Lunatic asylums Madras 1877-1891 - 1877-1891
Year: 1877
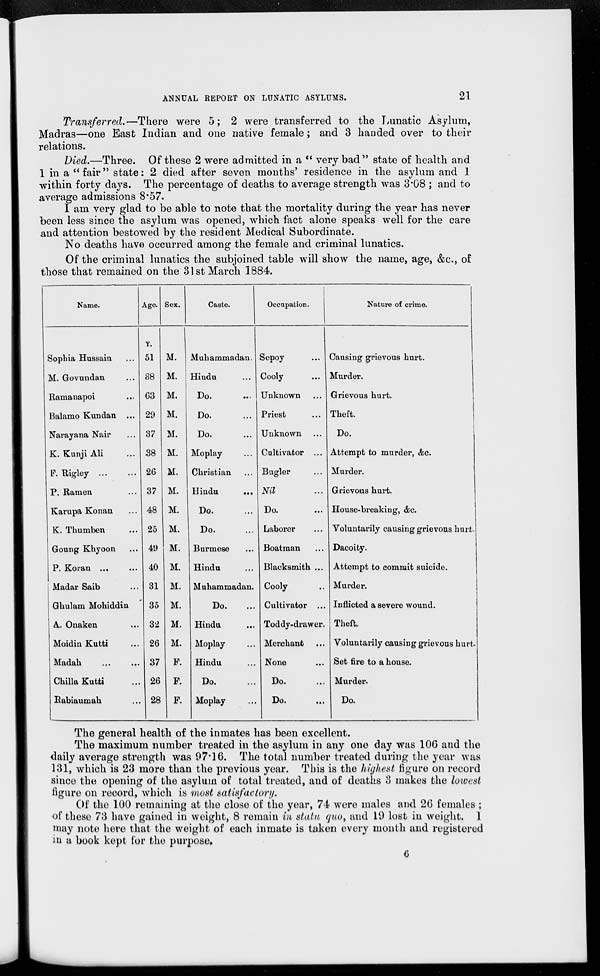
ANNUAL REPORT ON LUNATIC ASYLUMS.
21
Transferred.—There were 5; 2 were transferred to the Lunatic Asylum,
Madras—one East Indian and one native female; and 3 handed over to their
relations.
Died.—Three. Of these 2 were admitted in a " very bad" state of health and
1 in a " fair" state: 2 died after seven months' residence in the asylum and 1
within forty days. The percentage of deaths to average strength was 3.08 ; and to
average admissions 8.57.
I am very glad to be able to note that the mortality during the year has never
been less since the asylum was opened, which fact alone speaks well for the care
and attention bestowed by the resident Medical Subordinate.
No deaths have occurred among the female and criminal lunatics.
Of the criminal lunatics the subjoined table will show the name, age, &c., of
those that remained on the 31st March 1884.
Name.
Sophia Hussain...
M. Govundan...
Ramanapoi...
Balamo Kundan...
Narayana Nair...
K. Kunji Ali...
P. Rigley
...
...
P. Ramen ...
Karupa Konan...
K. Thumben...
Goung Khyoon...
P. Koran ...
Madar Saib...
Ghulam Mohiddin
A. Onaken...
Moidin Kutti...
Madah... ...
Chilla Kutti...
Rabiaumah...
Age.
Y.
51
38
63
29
37
38
26
37
48
25
49
40
31
35
32
26
37
26
28
Sex.
M.
M.
M.
M.
M.
M.
M.
M.
M.
M.
M.
M.
M.
M.
M.
M.
F.
F.
F.
Caste.
Muhammadan.
Hindu ...
Do. ...
Do. ...
Do. ...
Moplay...
Christian...
Hindu
...
Do. ...
Do. ...
Burmese ...
Hindu ...
Muhammadan.
Do. ...
Hindu...
Moplay...
Hindu ...
Do. ...
Moplay ...
Occupation.
Sepoy ...
Cooly ...
Unknown ...
Priest ...
Unknown ...
Cultivator ...
Bugler ...
Nil ...
Do. ...
Laborer ...
Boatman ...
Blacksmith ...
Cooly ...
Cultivator ...
Toddy-drawer.
Merchant ...
None ...
Do. ...
Do. ...
Nature of crime.
Causing grievous hurt.
Murder.
Grievous hurt.
Theft.
Do.
Attempt to murder, &c.
Murder.
Grievous hurt.
House-breaking, &c.
Voluntarily causing grievons hurt
Dacoity.
Attempt to commit suicide.
Murder.
Inflicted a severe wound.
Theft
Voluntarily causing grievous hurt
Set fire to a house.
Murder.
Do.
The general health of the inmates has been excellent.
The maximum number treated in the asylum in any one day was 106 and the
daily average strength was 97.16. The total number treated during the year was
131, which is 23 more than the previous year. This is the highest figure on record
since the opening of the asylum of total treated, and of deaths 3 makes the lowest
figure on record, which is most satisfactory.
Of the 100 remaining at the close of the year, 74 were males and 26 females ;
of these 73 have gained in weight, 8 remain in statu quo, and 19 lost in weight. 1
may note here that the weight of each inmate is taken every month and registered
in a book kept for the purpose.
6